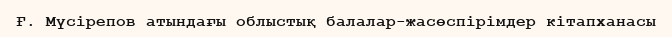
Ғ. Мүсірепов атындағы облыстық балалар-жасөспірімдер кітапханасы